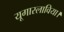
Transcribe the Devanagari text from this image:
यूगास्लाविया।